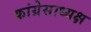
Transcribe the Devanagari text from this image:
कांग्रेसाध्यक्ष